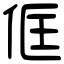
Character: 㑌